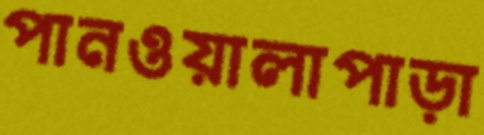
পানওয়ালাপাড়া